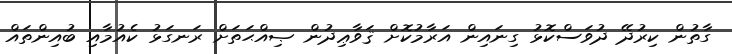
ގާތުން ކިރުދޭ ދުވަސްކޮޅު ގިނައިން އަރާމުކޮށް ޤަވާޢިދުން ޞިއްޙަތަށް ރަނގަޅު ކެއުމާއި ބުއިންތައް